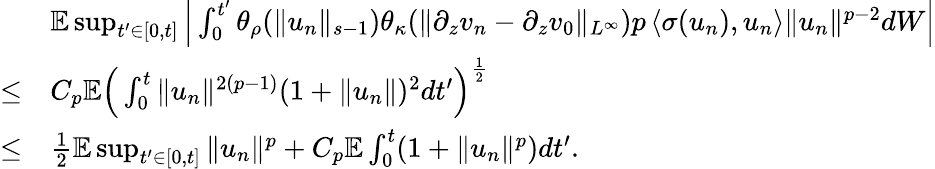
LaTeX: \begin{array}{rl}&{\mathbb E\operatorname*{sup}_{t^{\prime}\in[0,t]}\Big|\int_{0}^{t^{\prime}}\theta_{\rho}(\| u_{n}\| _{s-1})\theta_{\kappa}(\| \partial_{z}v_{n}-\partial_{z}v_{0}\| _{L^{\infty}})p\left\langle\sigma(u_{n}),u_{n}\right\rangle\| u_{n}\| ^{p-2}dW\Big|}\\ {\leq}&{C_{p}\mathbb E\Big(\int_{0}^{t}\| u_{n}\| ^{2(p-1)}(1+\| u_{n}\| )^{2}dt^{\prime}\Big)^{\frac 12}}\\ {\leq}&{\frac 12\mathbb E\operatorname*{sup}_{t^{\prime}\in[0,t]}\| u_{n}\| ^{p}+C_{p}\mathbb E\int_{0}^{t}(1+\| u_{n}\| ^{p})dt^{\prime}.}\end{array}